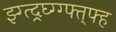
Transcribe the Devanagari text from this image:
झ्ग्त्द्र्घ्ग्ग्फ्त्फ्ह